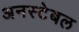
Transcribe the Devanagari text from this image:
अनस्टेबल